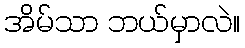
အိမ်သာ ဘယ်မှာလဲ။